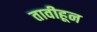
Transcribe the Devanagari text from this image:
तावीहून